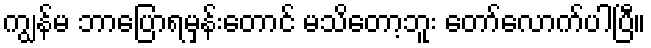
ကျွန်မ ဘာပြောရမှန်းတောင် မသိတော့ဘူး တော်လောက်ပါပြီ။